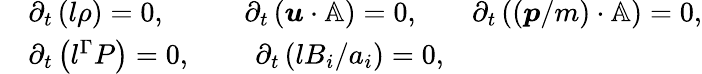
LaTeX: \begin{array}{rlrl}&{\partial_{t}\left(l\rho\right)=0,\quad}&{\partial_{t}\left(\boldsymbol{u}\cdot\mathbb{A}\right)=0,\quad}&{\partial_{t}\left(\left(\boldsymbol{p}/m\right)\cdot\mathbb{A}\right)=0,}\\ &{\partial_{t}\left(l^{\Gamma}P\right)=0,\quad}&{\partial_{t}\left(lB_{i}/a_{i}\right)=0,}\end{array}